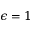
\epsilon = 1